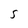
Character: S